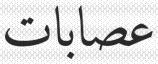
عصابات